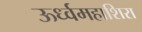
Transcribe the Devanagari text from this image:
ऊर्ध्वमहाशिरा